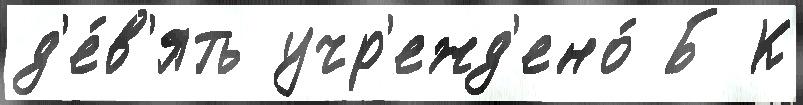
д'е́в'ять учр'ежд'ено́ Б К